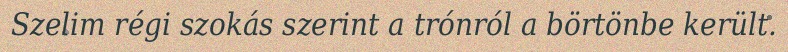
Szelim régi szokás szerint a trónról a börtönbe került.